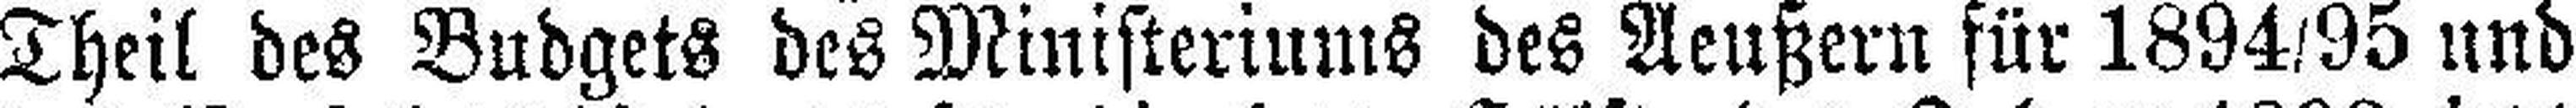
Theil des Budgets des Ministeriums des Aeußern für 1894/95 und